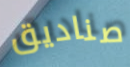
صناديق